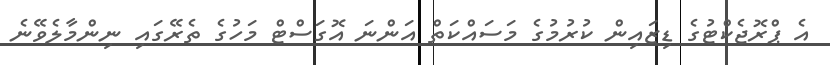
އެ ޕްރޮޖެކްޓުގެ ޑިޒައިން ކުރުމުގެ މަސައްކަތް އަންނަ އޮގަސްޓް މަހުގެ ތެރޭގައި ނިންމާލެވޭނެ